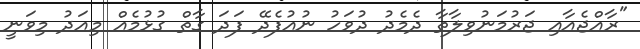
"ރާއްޖެއާއި ޖަރުމަނުވިލާތާ ދެމެދު ދުވަހު ނުއުފެދޭ ފަދަ ގާތް ގުޅުމެއް މިއަދު މިވަނީ